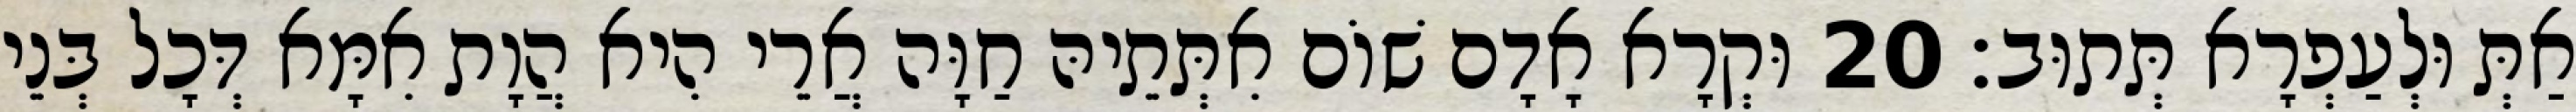
אַתְּ וּלְעַפְרָא תְּתוּב׃ 20 וּקְרָא אָדָם שׁוֹם אִתְּתֵיהּ חַוָּה אֲרֵי הִיא הֲוָת אִמָּא דְּכָל בְּנֵי